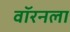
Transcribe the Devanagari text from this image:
वॉरनला